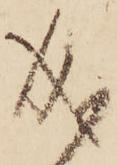
成